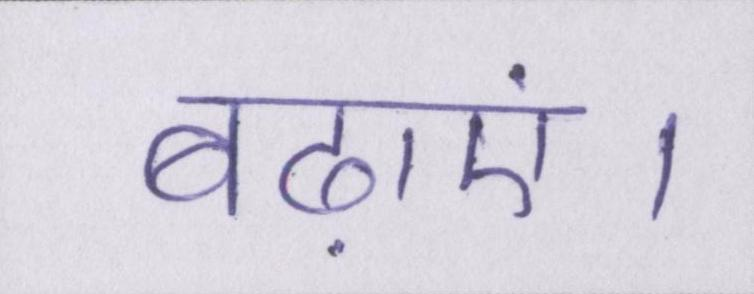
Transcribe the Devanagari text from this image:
बढ़ाएं।